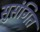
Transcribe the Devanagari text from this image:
सुसंगित